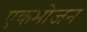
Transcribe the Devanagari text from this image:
एकभोजन